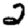
Digit: 2